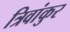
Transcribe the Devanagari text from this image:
त्रिवांकुर